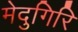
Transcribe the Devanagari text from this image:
मेदुगिरि